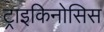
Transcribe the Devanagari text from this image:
ट्राइकिनोसिस